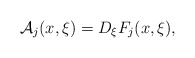
\begin{align*}\mathcal{A}_j(x,\xi)= D_{\xi}F_j(x,\xi), \end{align*}